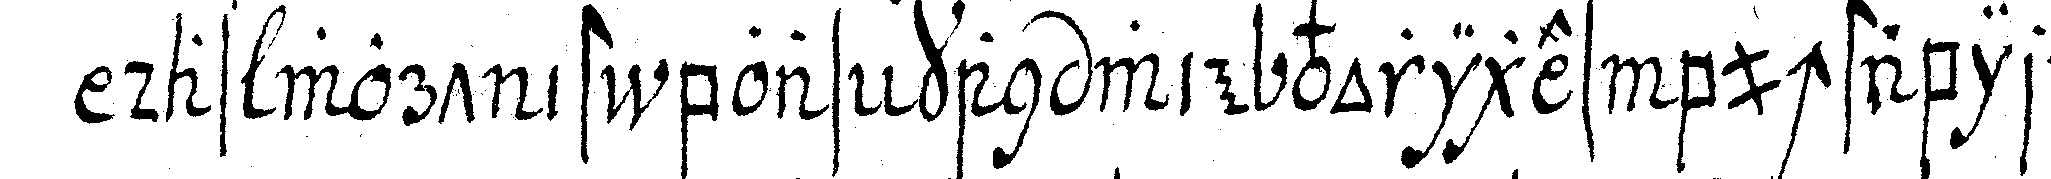
das wort ist boas kan wie voriges buchstabiret